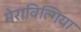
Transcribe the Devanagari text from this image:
मेराविल्गिया